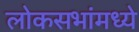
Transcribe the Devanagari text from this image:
लोकसभांमध्ये